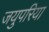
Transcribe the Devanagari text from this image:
जयुपरिया